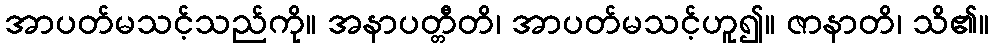
အာပတ်မသင့်သည်ကို။ အနာပတ္တီတိ၊ အာပတ်မသင့်ဟူ၍။ ဇာနာတိ၊ သိ၏။